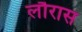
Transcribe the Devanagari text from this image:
लौरास